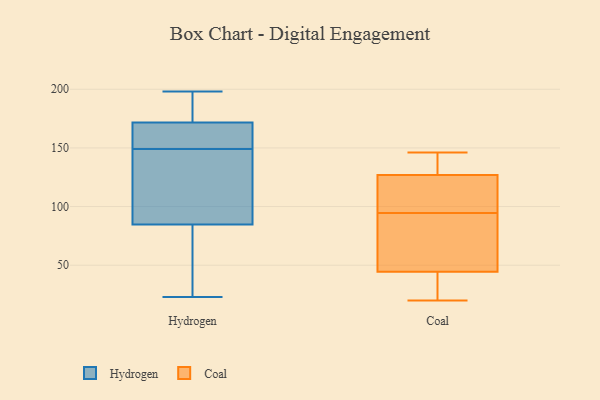
{"axis": {"x": "Headcount", "y": "Value"}, "legend": ["Coal", "Hydrogen"], "data": [{"x": "", "y": 23, "type": "Hydrogen"}, {"x": "", "y": 153, "type": "Hydrogen"}, {"x": "", "y": 153, "type": "Hydrogen"}, {"x": "", "y": 174, "type": "Hydrogen"}, {"x": "", "y": 167, "type": "Hydrogen"}, {"x": "", "y": 183, "type": "Hydrogen"}, {"x": "", "y": 29, "type": "Hydrogen"}, {"x": "", "y": 149, "type": "Hydrogen"}, {"x": "", "y": 68, "type": "Hydrogen"}, {"x": "", "y": 78, "type": "Hydrogen"}, {"x": "", "y": 145, "type": "Hydrogen"}, {"x": "", "y": 176, "type": "Hydrogen"}, {"x": "", "y": 117, "type": "Hydrogen"}, {"x": "", "y": 87, "type": "Hydrogen"}, {"x": "", "y": 171, "type": "Hydrogen"}, {"x": "", "y": 198, "type": "Hydrogen"}, {"x": "", "y": 97, "type": "Hydrogen"}, {"x": "", "y": 34, "type": "Coal"}, {"x": "", "y": 20, "type": "Coal"}, {"x": "", "y": 116, "type": "Coal"}, {"x": "", "y": 125, "type": "Coal"}, {"x": "", "y": 142, "type": "Coal"}, {"x": "", "y": 34, "type": "Coal"}, {"x": "", "y": 104, "type": "Coal"}, {"x": "", "y": 55, "type": "Coal"}, {"x": "", "y": 85, "type": "Coal"}, {"x": "", "y": 129, "type": "Coal"}, {"x": "", "y": 83, "type": "Coal"}, {"x": "", "y": 146, "type": "Coal"}]}